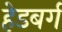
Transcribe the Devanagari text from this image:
हेडबर्ग